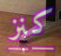
كنز